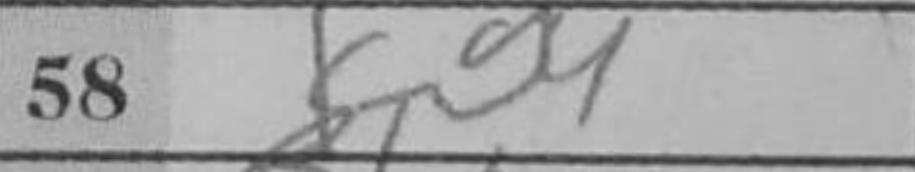
Transcription: Kg4